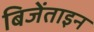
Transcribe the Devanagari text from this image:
बिजेंताइन